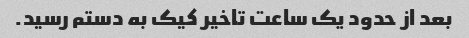
بعد از حدود یک ساعت تاخیر کیک به دستم رسید‌.